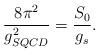
LaTeX: \begin{align*}\frac{8 \pi^2}{g_{SQCD}^2} = \frac{S_0}{g_s}.\end{align*}